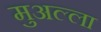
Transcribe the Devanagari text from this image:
मुअल्ला